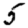
Digit: 5